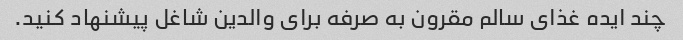
چند ایده غذای سالم مقرون به صرفه برای والدین شاغل پیشنهاد کنید.